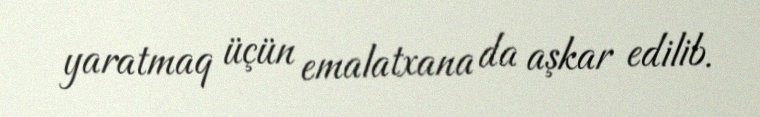
yaratmaq üçün emalatxana da aşkar edilib.